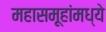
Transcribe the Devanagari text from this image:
महासमूहांमध्ये